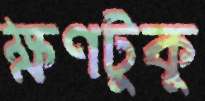
ক্ষণটুকু